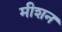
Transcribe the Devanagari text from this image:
मीशन